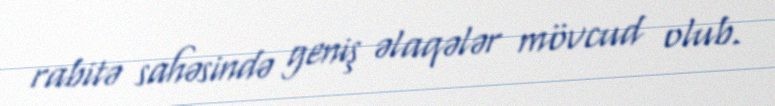
rabitə sahəsində geniş əlaqələr mövcud olub.